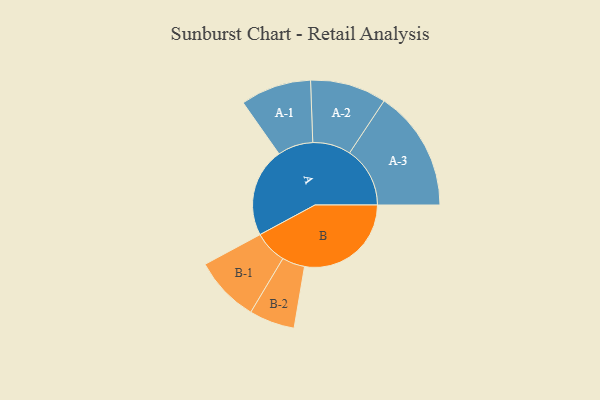
{"axis": {"x": "Segment", "y": "Value"}, "legend": ["", "A", "B"], "data": [{"x": "A", "y": 395, "type": ""}, {"x": "B", "y": 473, "type": ""}, {"x": "A-1", "y": 157, "type": "A"}, {"x": "A-2", "y": 169, "type": "A"}, {"x": "A-3", "y": 268, "type": "A"}, {"x": "B-1", "y": 146, "type": "B"}, {"x": "B-2", "y": 101, "type": "B"}]}